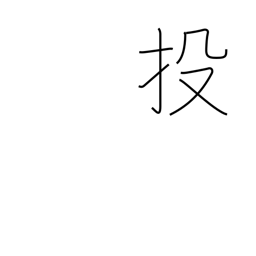
Meaning: abandon